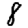
Digit: 8